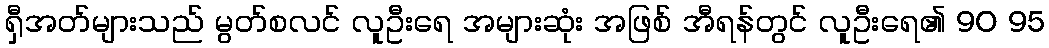
ရှီအတ်များသည် မွတ်စလင် လူဦးရေ အများဆုံး အဖြစ် အီရန်တွင် လူဦးရေ၏ 90 95